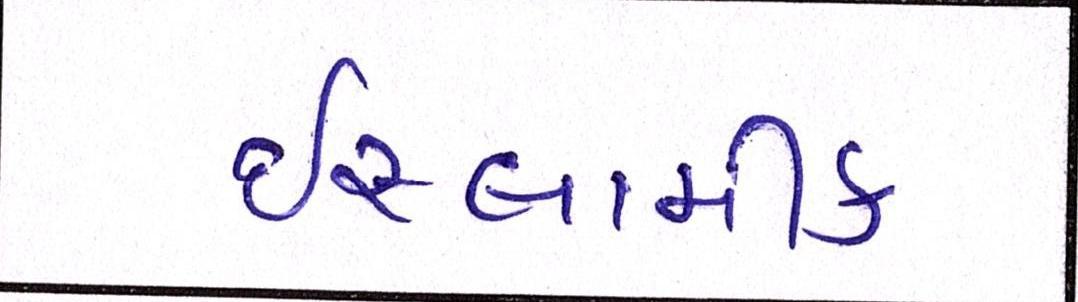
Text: ઈસ્લામીક